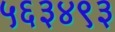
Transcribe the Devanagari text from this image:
५६३४९३